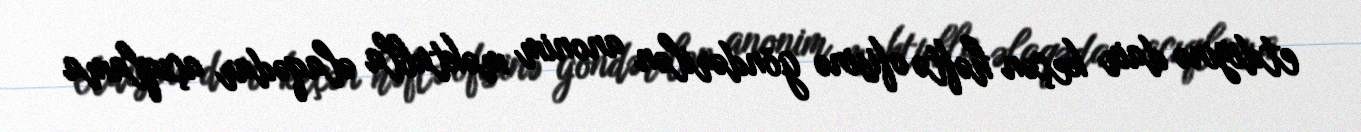
etdiyinə dair keçən həftə ofisinə göndərilən anonim məktubla əlaqədar açıqlama